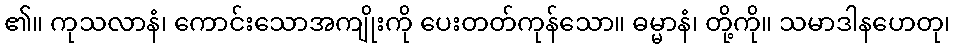
၏။ ကုသလာနံ၊ ကောင်းသောအကျိုးကို ပေးတတ်ကုန်သော။ ဓမ္မာနံ၊ တို့ကို။ သမာဒါနဟေတု၊